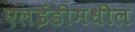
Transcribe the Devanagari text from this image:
एलईडीमधील